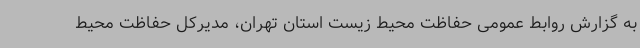
به گزارش روابط عمومی حفاظت محیط زیست استان تهران، مدیرکل حفاظت محیط